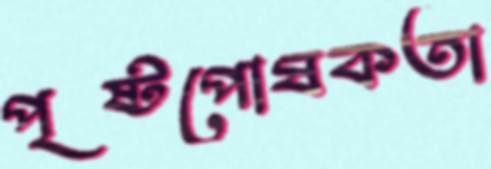
পৃষ্টপোষকতা